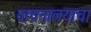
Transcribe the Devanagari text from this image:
वाचनालयाचा